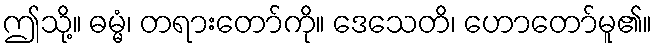
ဤသို့။ ဓမ္မံ၊ တရားတော်ကို။ ဒေသေတိ၊ ဟောတော်မူ၏။